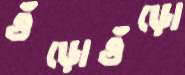
গুঁড়োগুঁড়ো